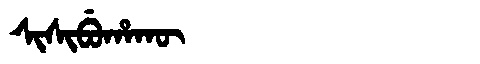
Manchu: ᠰᡳᠰᡳᠪᡠᡥᠠᡴᡡ
Romanization: SISIBUHAKŪ